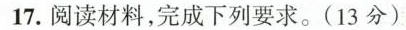
17.阅读材料，完成下列要求。(13分)